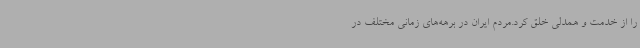
را از خدمت و همدلی خلق کرد.مردم ایران در برهه‌های زمانی مختلف در